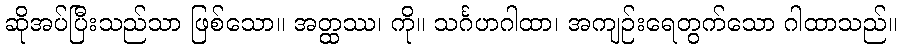
ဆိုအပ်ပြီးသည်သာ ဖြစ်သော။ အတ္ထဿ၊ ကို။ သင်္ဂဟဂါထာ၊ အကျဉ်းရေတွက်သော ဂါထာသည်။